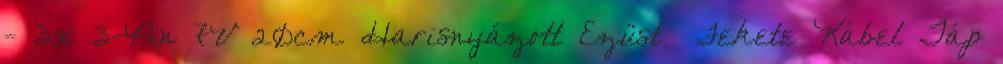
- 3x 3-Pin 7V 20cm Harisnyázott Ezüst Fekete Kábel Táp